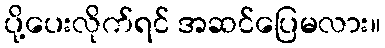
ပို့ပေးလိုက်ရင် အဆင်ပြေမလား။